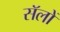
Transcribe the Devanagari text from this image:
सॅलों